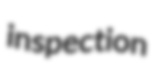
inspection